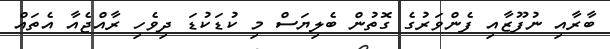
ބާރާއި ނުފޫޒާއި ފެންވަރުގެ ގޮތުން ބެލިޔަސް މި ކުޑަކުޑަ ދިވެހި ރާއްޖެއާ އެތައް